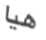
هيا